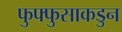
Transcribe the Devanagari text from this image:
फुफ्फुसाकडुन